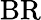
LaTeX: \mathrm{BR}